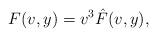
LaTeX: \begin{align*} F(v,y)=v^3\hat{F}(v,y),\end{align*}